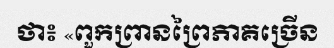
ថា៖ «ពួកព្រានព្រៃភាគច្រើន